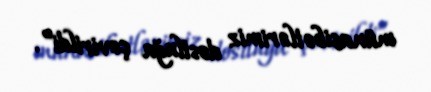
münasibətlərimiz dostluğa çevirildi”.